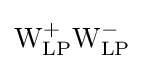
\mathrm {W} _{\text{LP}}^{+}\mathrm {W} _{\text{LP}}^{-}